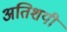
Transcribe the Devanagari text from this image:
अतिशयी